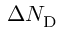
\Delta N _ { \mathrm { D } }